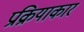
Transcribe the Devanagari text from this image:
प्रक्रियाकार